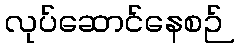
လုပ်ဆောင်နေစဉ်